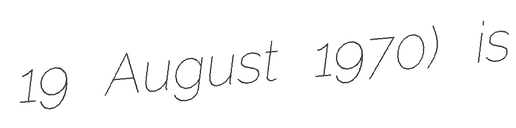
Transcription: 19 August 1970) is